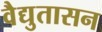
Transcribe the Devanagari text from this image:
वैद्युतासन